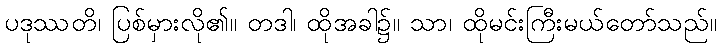
ပဒုဿတိ၊ ပြစ်မှားလို၏။ တဒါ၊ ထိုအခါ၌။ သာ၊ ထိုမင်းကြီးမယ်တော်သည်။